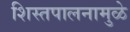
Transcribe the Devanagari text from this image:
शिस्तपालनामुळे